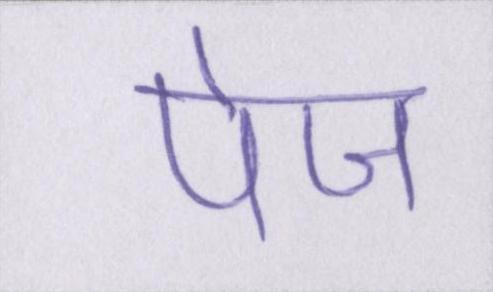
पेज